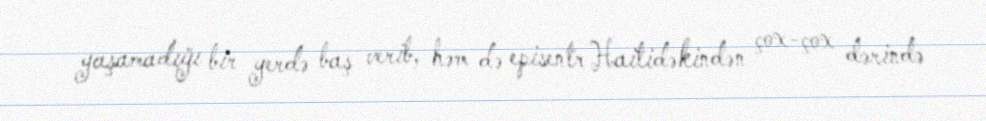
yaşamadığı bir yerdə baş verib, həm də episentr Haitidəkindən çox-çox dərində